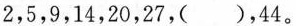
2，5，9，14，20，27，( )，44。